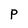
Character: P